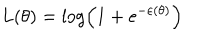
L ( \theta ) = \log \left( 1 + \mathrm { e } ^ { - \varepsilon \left( \theta \right) } \right)